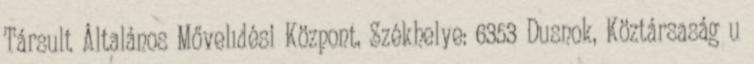
Társult Általános Mővelıdési Központ, Székhelye: 6353 Dusnok, Köztársaság u